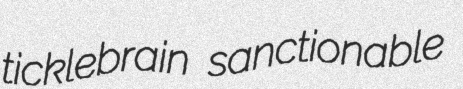
ticklebrain sanctionable